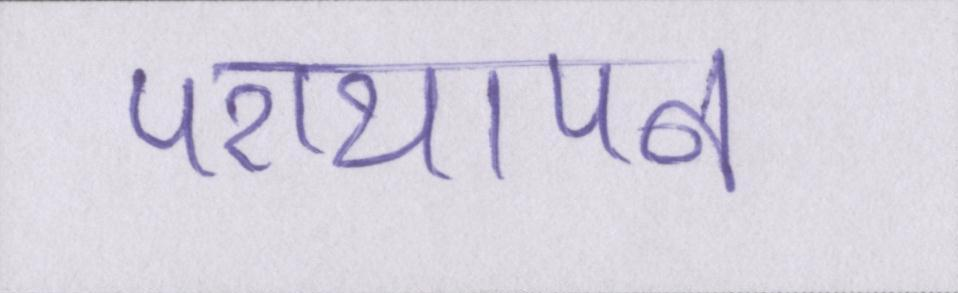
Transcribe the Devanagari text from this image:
परायापन